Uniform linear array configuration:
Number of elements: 24
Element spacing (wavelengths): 1
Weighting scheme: cosine
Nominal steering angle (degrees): -15
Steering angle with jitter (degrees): -16.532
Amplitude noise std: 0.05
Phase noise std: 0.05

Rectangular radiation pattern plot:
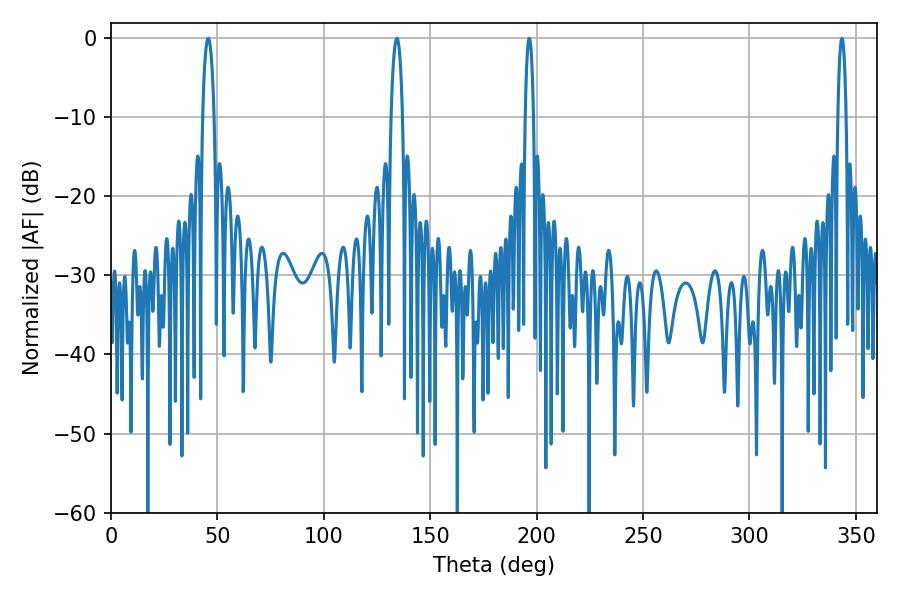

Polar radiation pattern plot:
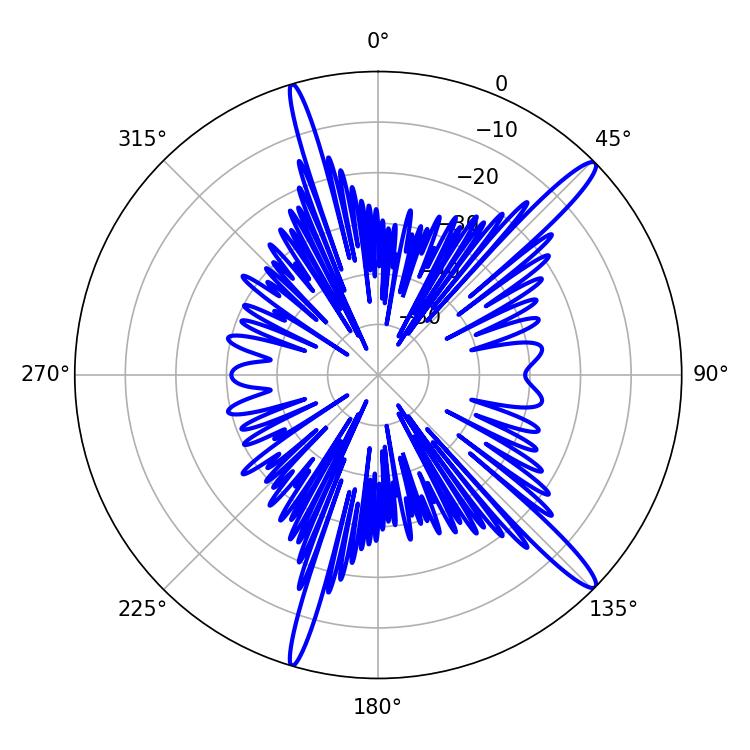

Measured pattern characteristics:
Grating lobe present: TRUE
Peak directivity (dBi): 15.146
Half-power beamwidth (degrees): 2.16
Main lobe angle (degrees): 196.56